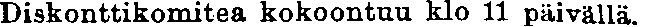
Diskonttikomitea kokoontuu klo 11 päivällä.